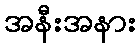
အနီးအနား